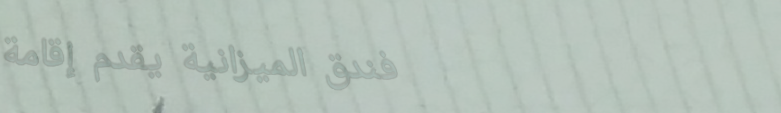
فندق الميزانية يقدم إقامة